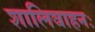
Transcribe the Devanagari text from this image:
शालिवाहनः